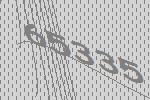
65335